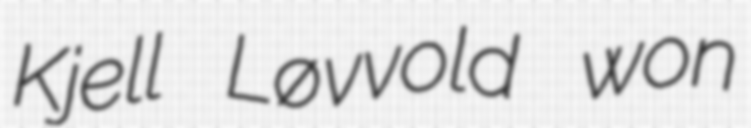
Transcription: Kjell Løvvold won